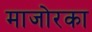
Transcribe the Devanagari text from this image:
माजोरका